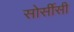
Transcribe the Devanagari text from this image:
सोर्सीसी